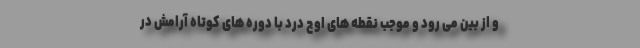
و از بین می رود و موجب نقطه های اوج درد با دوره های کوتاه آرامش در